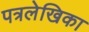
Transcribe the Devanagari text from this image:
पत्रलेखिका